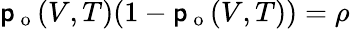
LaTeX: \mathsf{p}_{\mathrm{{~o~}}}(V,T)(1-\mathsf{p}_{\mathrm{{~o~}}}(V,T))=\rho